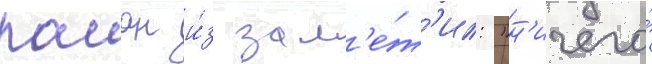
раиан и́з зам'е́т'ил: "н'ичего́